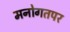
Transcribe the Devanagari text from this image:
मनोगतपर